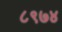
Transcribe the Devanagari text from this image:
८९७४